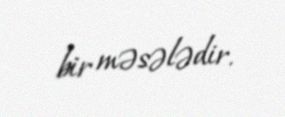
bir məsələdir.